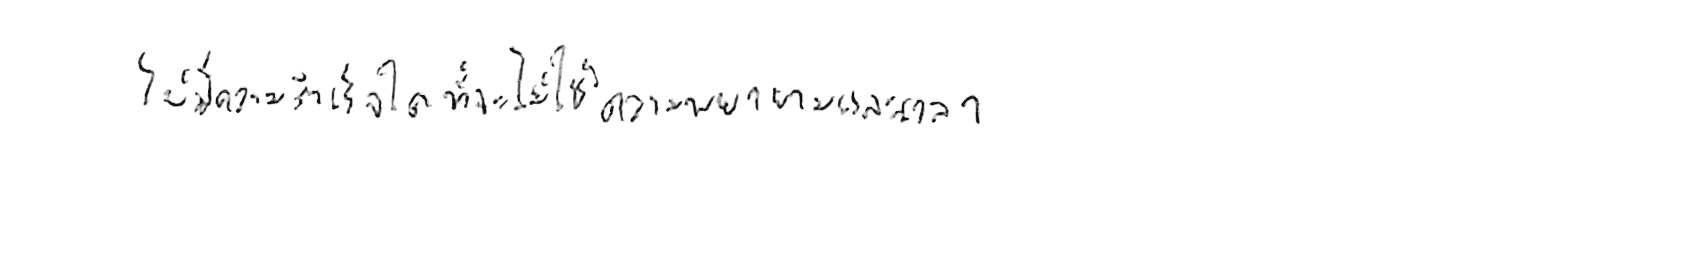
ไม่มีความสำเร็จใด ที่จะไม่ใช้ความพยายามและเวลา